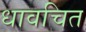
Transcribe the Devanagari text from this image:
धावचित